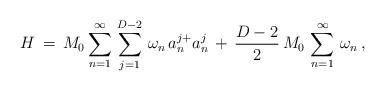
LaTeX: \begin{align*}H\,=\,M_0\sum_{n=1}^{\infty}\,\sum_{j=1}^{D-2}\,\omega_n\,a^{j+}_na^{j}_n\,+\,\frac{D-2}{2}\,M_0\,\sum_{n=1}^{\infty}\,\omega_n\,{,}\end{align*}